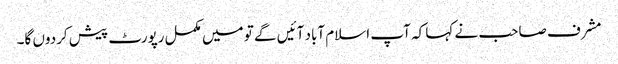
مشرف صاحب نے کہا کہ آپ اسلام آباد آئیں گے تو میں مکمل رپورٹ پیش کردوں گا۔